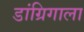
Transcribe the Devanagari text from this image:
डांग्रिगाला